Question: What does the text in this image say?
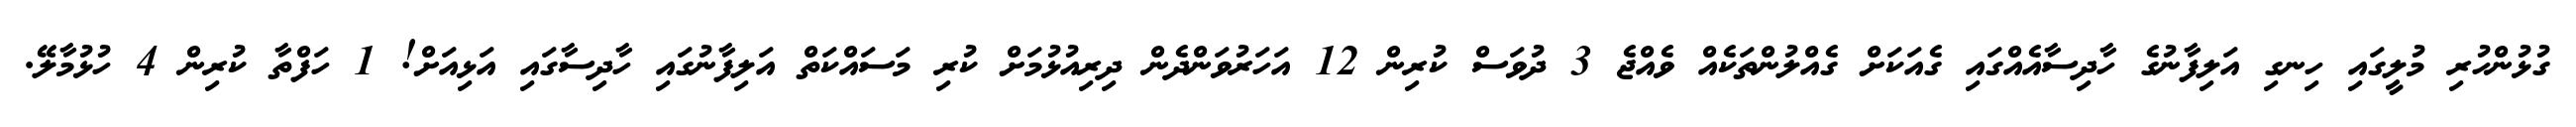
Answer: ގުޅުންހުރި މުލީގައި ހިނގި އަލިފާނުގެ ހާދިސާއެއްގައި ގެއަކަށް ގެއްލުންތަކެއް ވެއްޖެ 3 ދުވަސް ކުރިން 12 އަހަރުވަންދެން ދިރިއުޅުމަށް ކުރި މަސައްކަތް އަލިފާނުގައި ހާދިސާގައި އަޅިއަށް! 1 ހަފްތާ ކުރިން 4 ހުޅުމާލޭ.